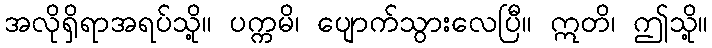
အလိုရှိရာအရပ်သို့။ ပက္ကမိ၊ ပျောက်သွားလေပြီ။ ဣတိ၊ ဤသို့။